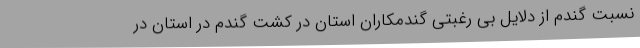
نسبت گندم از دلایل بی رغبتی گندمکاران استان در کشت گندم در استان در